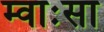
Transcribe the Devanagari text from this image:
म्वाःसा